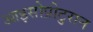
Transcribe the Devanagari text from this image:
आइसोप्रोटुरान